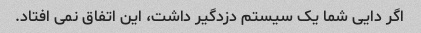
اگر دایی شما یک سیستم دزدگیر داشت، این اتفاق نمی افتاد.